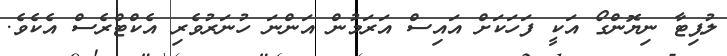
ލުޕިޓާ ނިޔޮންގޯ އަކީ ފަހަކަށް އައިސް އަރަމުން އަންނަ ހުނަރުވެރި އެކްޓްރެސް އެކެވެ.